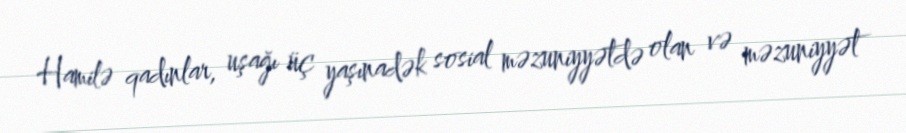
Hamilə qadınlar, uşağı üç yaşınadək sosial məzuniyyətdə olan və məzuniyyət